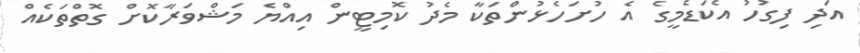
އަދި ފިގުހު އެކަޑެމީގެ އެ ހުށަހެޅުންތަކާ މެދު ކޮމިޓީން އިއްޔެ މަޝްވަރާކޮށް ގޮތްތަކެއް